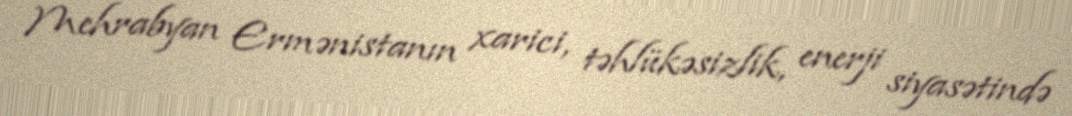
Mehrabyan Ermənistanın xarici, təhlükəsizlik, enerji siyasətində